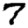
Digit: 7